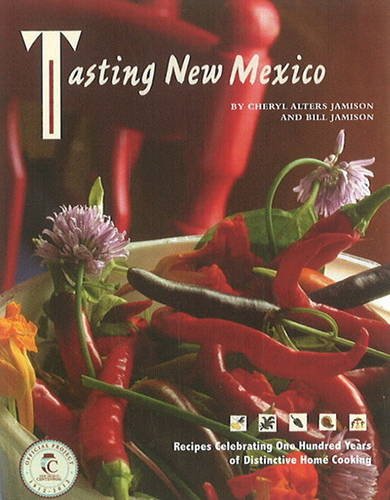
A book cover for Tasting New Mexico: Recipes Celebrating One Hundred Years of Distinctive Home Cooking; Cheryl Alters Jamison; Cookbooks, Food & Wine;